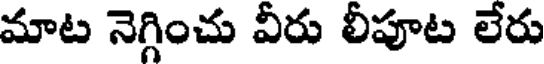
మాట నెగ్గించు వీరు లీపూట లేరు